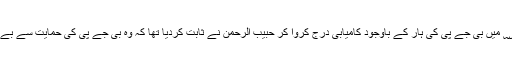
۲۰۰۸ ؁ میں بی جے پی کی ہار کے باوجود کامیابی درج کروا کر حبیب الرحمٰن نے ثابت کردیا تھا کہ وہ بی جے پی کی حمایت سے بے نیاز ہیں۔